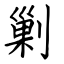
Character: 剿